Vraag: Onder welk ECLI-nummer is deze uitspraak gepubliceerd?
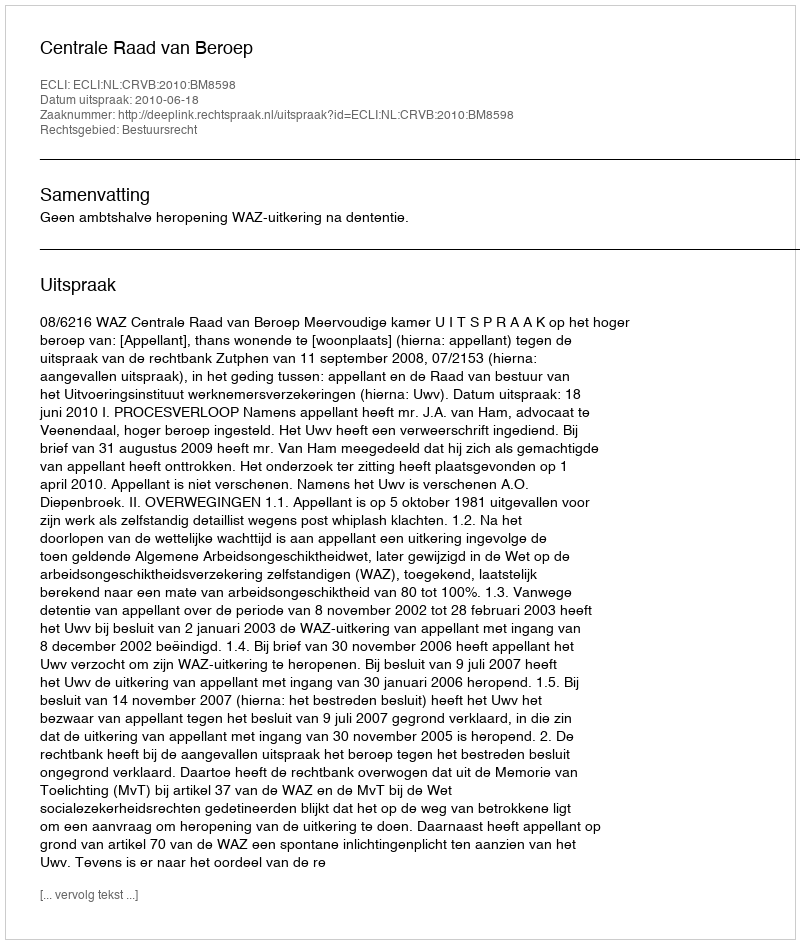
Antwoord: ECLI:NL:CRVB:2010:BM8598